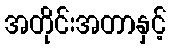
အတိုင်းအတာနှင့်